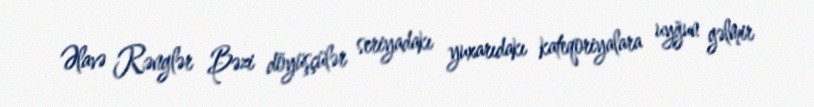
Əlavə Rənglər Bəzi döyüşçülər seriyadakı yuxarıdakı kateqoriyalara uyğun gəlmir